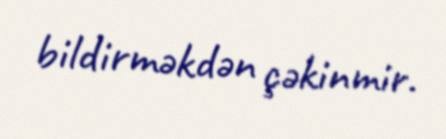
bildirməkdən çəkinmir.